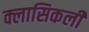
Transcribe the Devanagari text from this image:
क्लासिकली